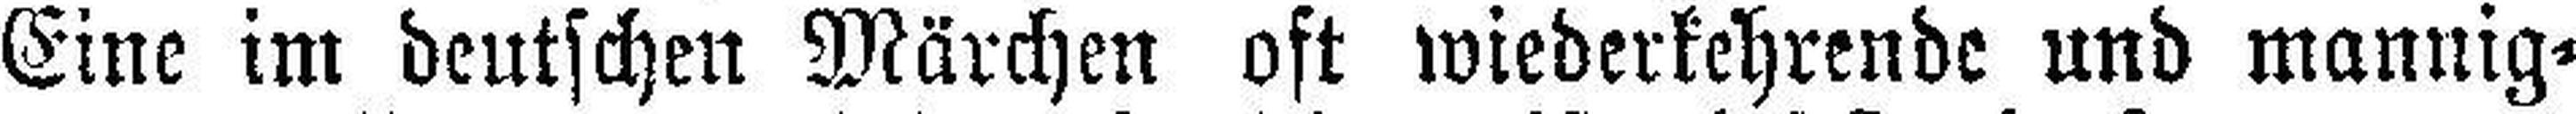
Eine im deutschen Märchen oft wiederkehrende und mannig¬